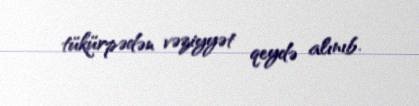
tükürpədən vəziyyət qeydə alınıb.